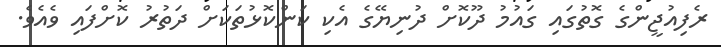
ރެފިއުޖީންގެ ގޮތުގައި ގައުމު ދޫކޮށް ދުނިޔޭގެ އެކި ކަންކޮޅުތަކަށް ދަތުރު ކޮށްފައި ވެއެވެ.